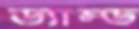
ড্যাম্ড